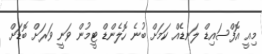
މިއީ އޮފްސައިޑް ލަނޑެއް ކަމަށް ބުނެ ހޮލެންޑް ޓީމުން ވަނީ ވަރަށް ބޮޑަށް